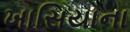
ખાસિયાના